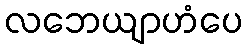
လဘေယျာဟံပေ